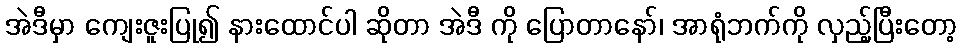
အဲဒီမှာ ကျေးဇူးပြု၍ နားထောင်ပါ ဆိုတာ အဲဒီ ကို ပြောတာနော်၊ အာရုံဘက်ကို လှည့်ပြီးတော့